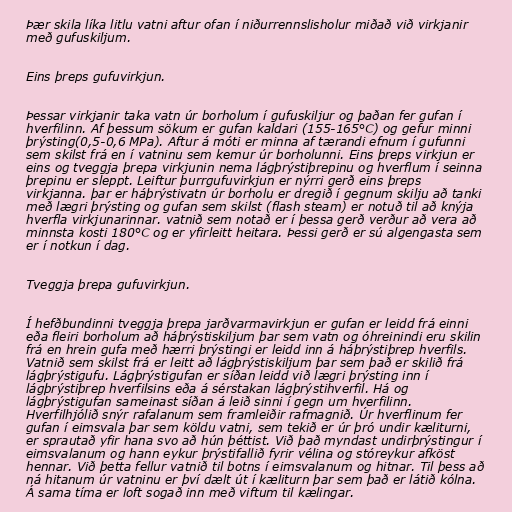
Þær skila líka litlu vatni aftur ofan í niðurrennslisholur miðað við virkjanir
með gufuskiljum.

Eins þreps gufuvirkjun.

Þessar virkjanir taka vatn úr borholum í gufuskiljur og þaðan fer gufan í
hverfilinn. Af þessum sökum er gufan kaldari (155-165°C) og gefur minni
þrýsting(0,5-0,6 MPa). Aftur á móti er minna af tærandi efnum í gufunni
sem skilst frá en í vatninu sem kemur úr borholunni. Eins þreps virkjun er
eins og tveggja þrepa virkjunin nema lágþrýstiþrepinu og hverflum í seinna
þrepinu er sleppt. Leiftur þurrgufuvirkjun er nýrri gerð eins þreps
virkjanna. þar er háþrýstivatn úr borholu er dregið í gegnum skilju að tanki
með lægri þrýsting og gufan sem skilst (flash steam) er notuð til að knýja
hverfla virkjunarinnar. vatnið sem notað er í þessa gerð verður að vera að
minnsta kosti 180°C og er yfirleitt heitara. Þessi gerð er sú algengasta sem
er í notkun í dag.

Tveggja þrepa gufuvirkjun.

Í hefðbundinni tveggja þrepa jarðvarmavirkjun er gufan er leidd frá einni
eða fleiri borholum að háþrýstiskiljum þar sem vatn og óhreinindi eru skilin
frá en hrein gufa með hærri þrýstingi er leidd inn á háþrýstiþrep hverfils.
Vatnið sem skilst frá er leitt að lágþrýstiskiljum þar sem það er skilið frá
lágþrýstigufu. Lágþrýstigufan er síðan leidd við lægri þrýsting inn í
lágþrýstiþrep hverfilsins eða á sérstakan lágþrýstihverfil. Há og
lágþrýstigufan sameinast síðan á leið sinni í gegn um hverfilinn.
Hverfilhjólið snýr rafalanum sem framleiðir rafmagnið. Úr hverflinum fer
gufan í eimsvala þar sem köldu vatni, sem tekið er úr þró undir kæliturni,
er sprautað yfir hana svo að hún þéttist. Við það myndast undirþrýstingur í
eimsvalanum og hann eykur þrýstifallið fyrir vélina og stóreykur afköst
hennar. Við þetta fellur vatnið til botns í eimsvalanum og hitnar. Til þess að
ná hitanum úr vatninu er því dælt út í kæliturn þar sem það er látið kólna.
Á sama tíma er loft sogað inn með viftum til kælingar.